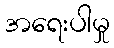
အရေးပါမှု